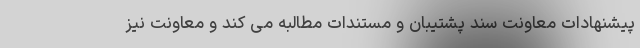
پیشنهادات معاونت سند پشتیبان و مستندات مطالبه می کند و معاونت نیز